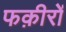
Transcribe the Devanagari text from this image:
फक़ीरों